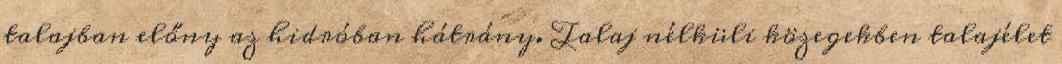
talajban előny az hidróban hátrány. Talaj nélküli közegekben talajélet